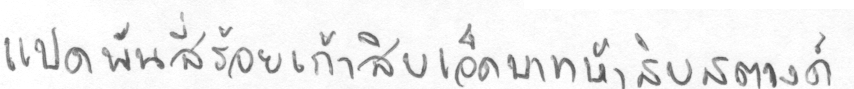
แปดพันสี่ร้อยเก้าสิบเอ็ดบาทห้าสิบสตางค์